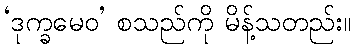
‘ဒုက္ခမေဝ’ စသည်ကို မိန့်သတည်း။